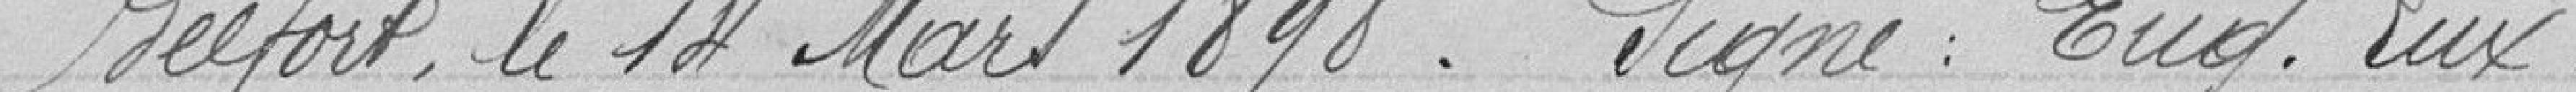
Belfort, le 14 mars 1898. Signé Eug. Lux.